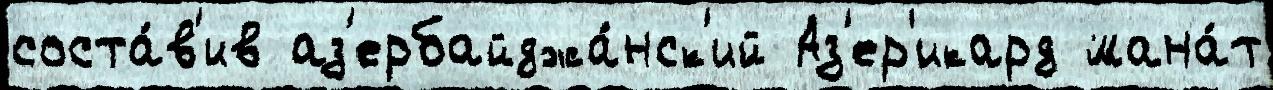
соста́в'ив аз'ербайджа́нск'ий Аз'ер'икард мана́т